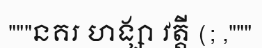
"""នគរ ហង្សា វត្តី (; ,"""